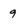
Character: 9